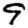
Digit: 9